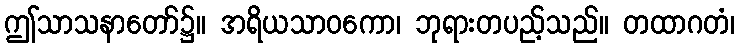
ဤသာသနာတော်၌။ အရိယသာဝကော၊ ဘုရားတပည့်သည်။ တထာဂတံ၊